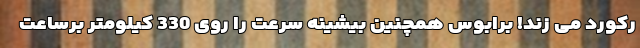
رکورد می زند! برابوس همچنین بیشینه سرعت را روی 330 کیلومتر برساعت